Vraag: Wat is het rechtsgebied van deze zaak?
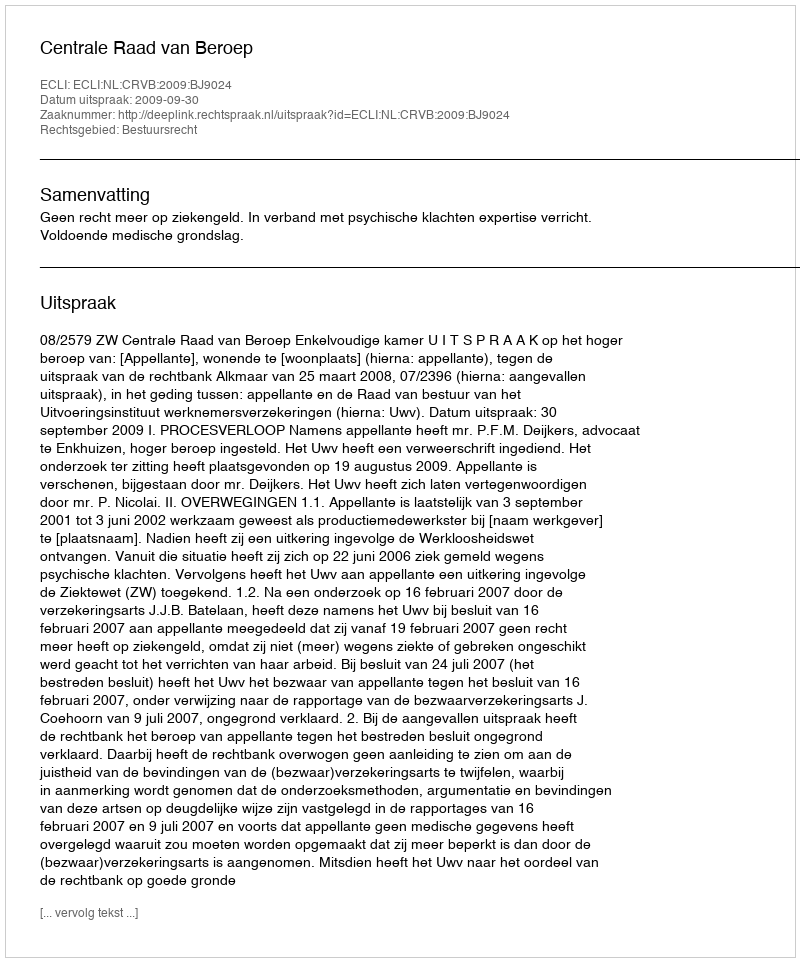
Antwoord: Bestuursrecht